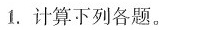
1. 计算下列各题。